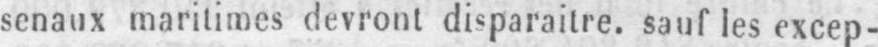
senaux maritimes devront disparaître, sauf les excep-